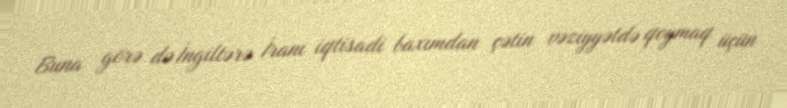
Buna görə də İngiltərə İranı iqtisadi baxımdan çətin vəziyyətdə qoymaq üçün